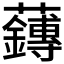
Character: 𫊙